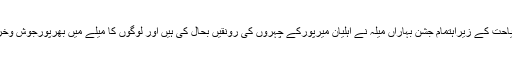
محکمہ سیاحت کے زیراہتمام جشن بہاراں میلہ نے اہلیان میرپورکے چہروں کی رونقیں بحال کی ہیں اور لوگوں کا میلے میں بھرپورجوش وخروش ہے۔